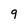
Character: 9